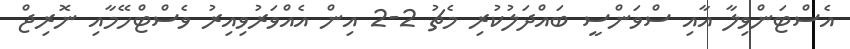
އެސްޓަންވިލާ އާއި ސްވަންސީ ބައްދަލުކުރި މެޗު 2-2 އިން އެއްވަރުވިއިރު ވެސްޓްހޭމާއި ނޮރިޖް